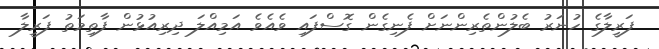
ފަރީލާގެ ހުނަރު ބެލުންތެރިންނަށް ފެނިގެން ގޮސްފައި ވެއެވެ އަމިއްލަ ދިރިއުޅުން ފާތިމަތު ފަރީލާ